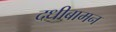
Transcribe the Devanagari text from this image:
दधीबामन